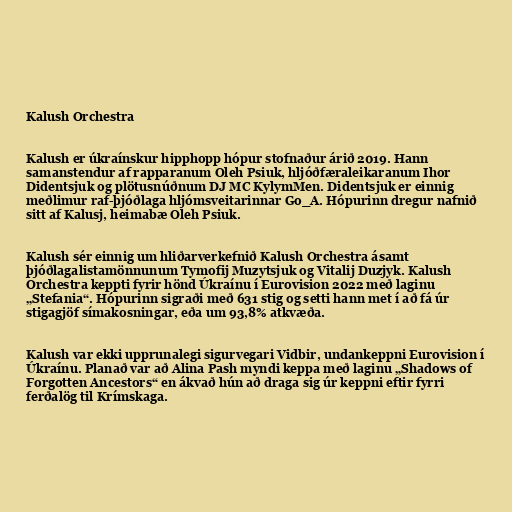
Kalush Orchestra

Kalush er úkraínskur hipphopp hópur stofnaður árið 2019. Hann
samanstendur af rapparanum Oleh Psiuk, hljóðfæraleikaranum Ihor
Didentsjuk og plötusnúðnum DJ MC KylymMen. Didentsjuk er einnig
meðlimur raf-þjóðlaga hljómsveitarinnar Go_A. Hópurinn dregur nafnið
sitt af Kalusj, heimabæ Oleh Psiuk.

Kalush sér einnig um hliðarverkefnið Kalush Orchestra ásamt
þjóðlagalistamönnunum Tymofij Muzytsjuk og Vitalij Duzjyk. Kalush
Orchestra keppti fyrir hönd Úkraínu í Eurovision 2022 með laginu
„Stefania“. Hópurinn sigraði með 631 stig og setti hann met í að fá úr
stigagjöf símakosningar, eða um 93,8% atkvæða.

Kalush var ekki upprunalegi sigurvegari Vidbir, undankeppni Eurovision í
Úkraínu. Planað var að Alina Pash myndi keppa með laginu „Shadows of
Forgotten Ancestors“ en ákvað hún að draga sig úr keppni eftir fyrri
ferðalög til Krímskaga.